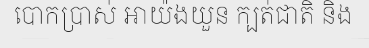
បោកប្រាស់ អាយ៉ងយួន ក្បត់ជាតិ និង